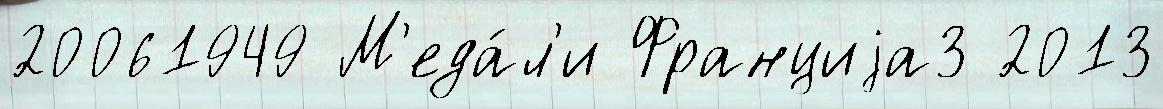
20061949 М'еда́л'и Франциjа3 2013